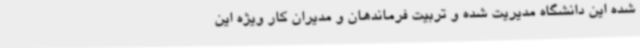
شده این دانشگاه مدیریت شده و تربیت فرماندهان و مدیران کار ویژه این